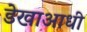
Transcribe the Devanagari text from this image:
डेखाआधी